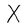
Character: X